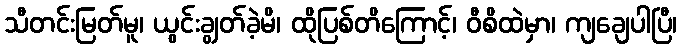
သီတင်းမြတ်မူ၊ ယွင်းချွတ်ခဲ့မိ၊ ထိုပြစ်တိကြောင့်၊ ဝီစိထဲမှာ၊ ကျချေပါပြီ၊